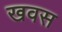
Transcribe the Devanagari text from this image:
खवस